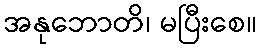
အနုဘောတိ၊ မပြီးစေ။